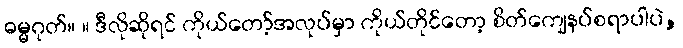
ဓမ္မဂုတ်။ ။ ဒီလိုဆိုရင် ကိုယ်တော့်အလုပ်မှာ ကိုယ်တိုင်တော့ စိတ်ကျေနပ်စရာပါပဲ,